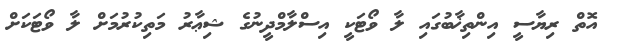
އޮތް ރިޔާސީ އިންތިޚާބުގައި ލާ ވޯޓަކީ އިސްލާމްދީނުގެ ޝިޢާރު މަތިކުރުމަށް ލާ ވޯޓަކަށް